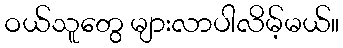
ဝယ်သူတွေ များလာပါလိမ့်မယ်။